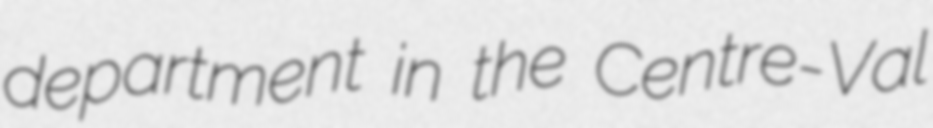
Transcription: department in the Centre-Val